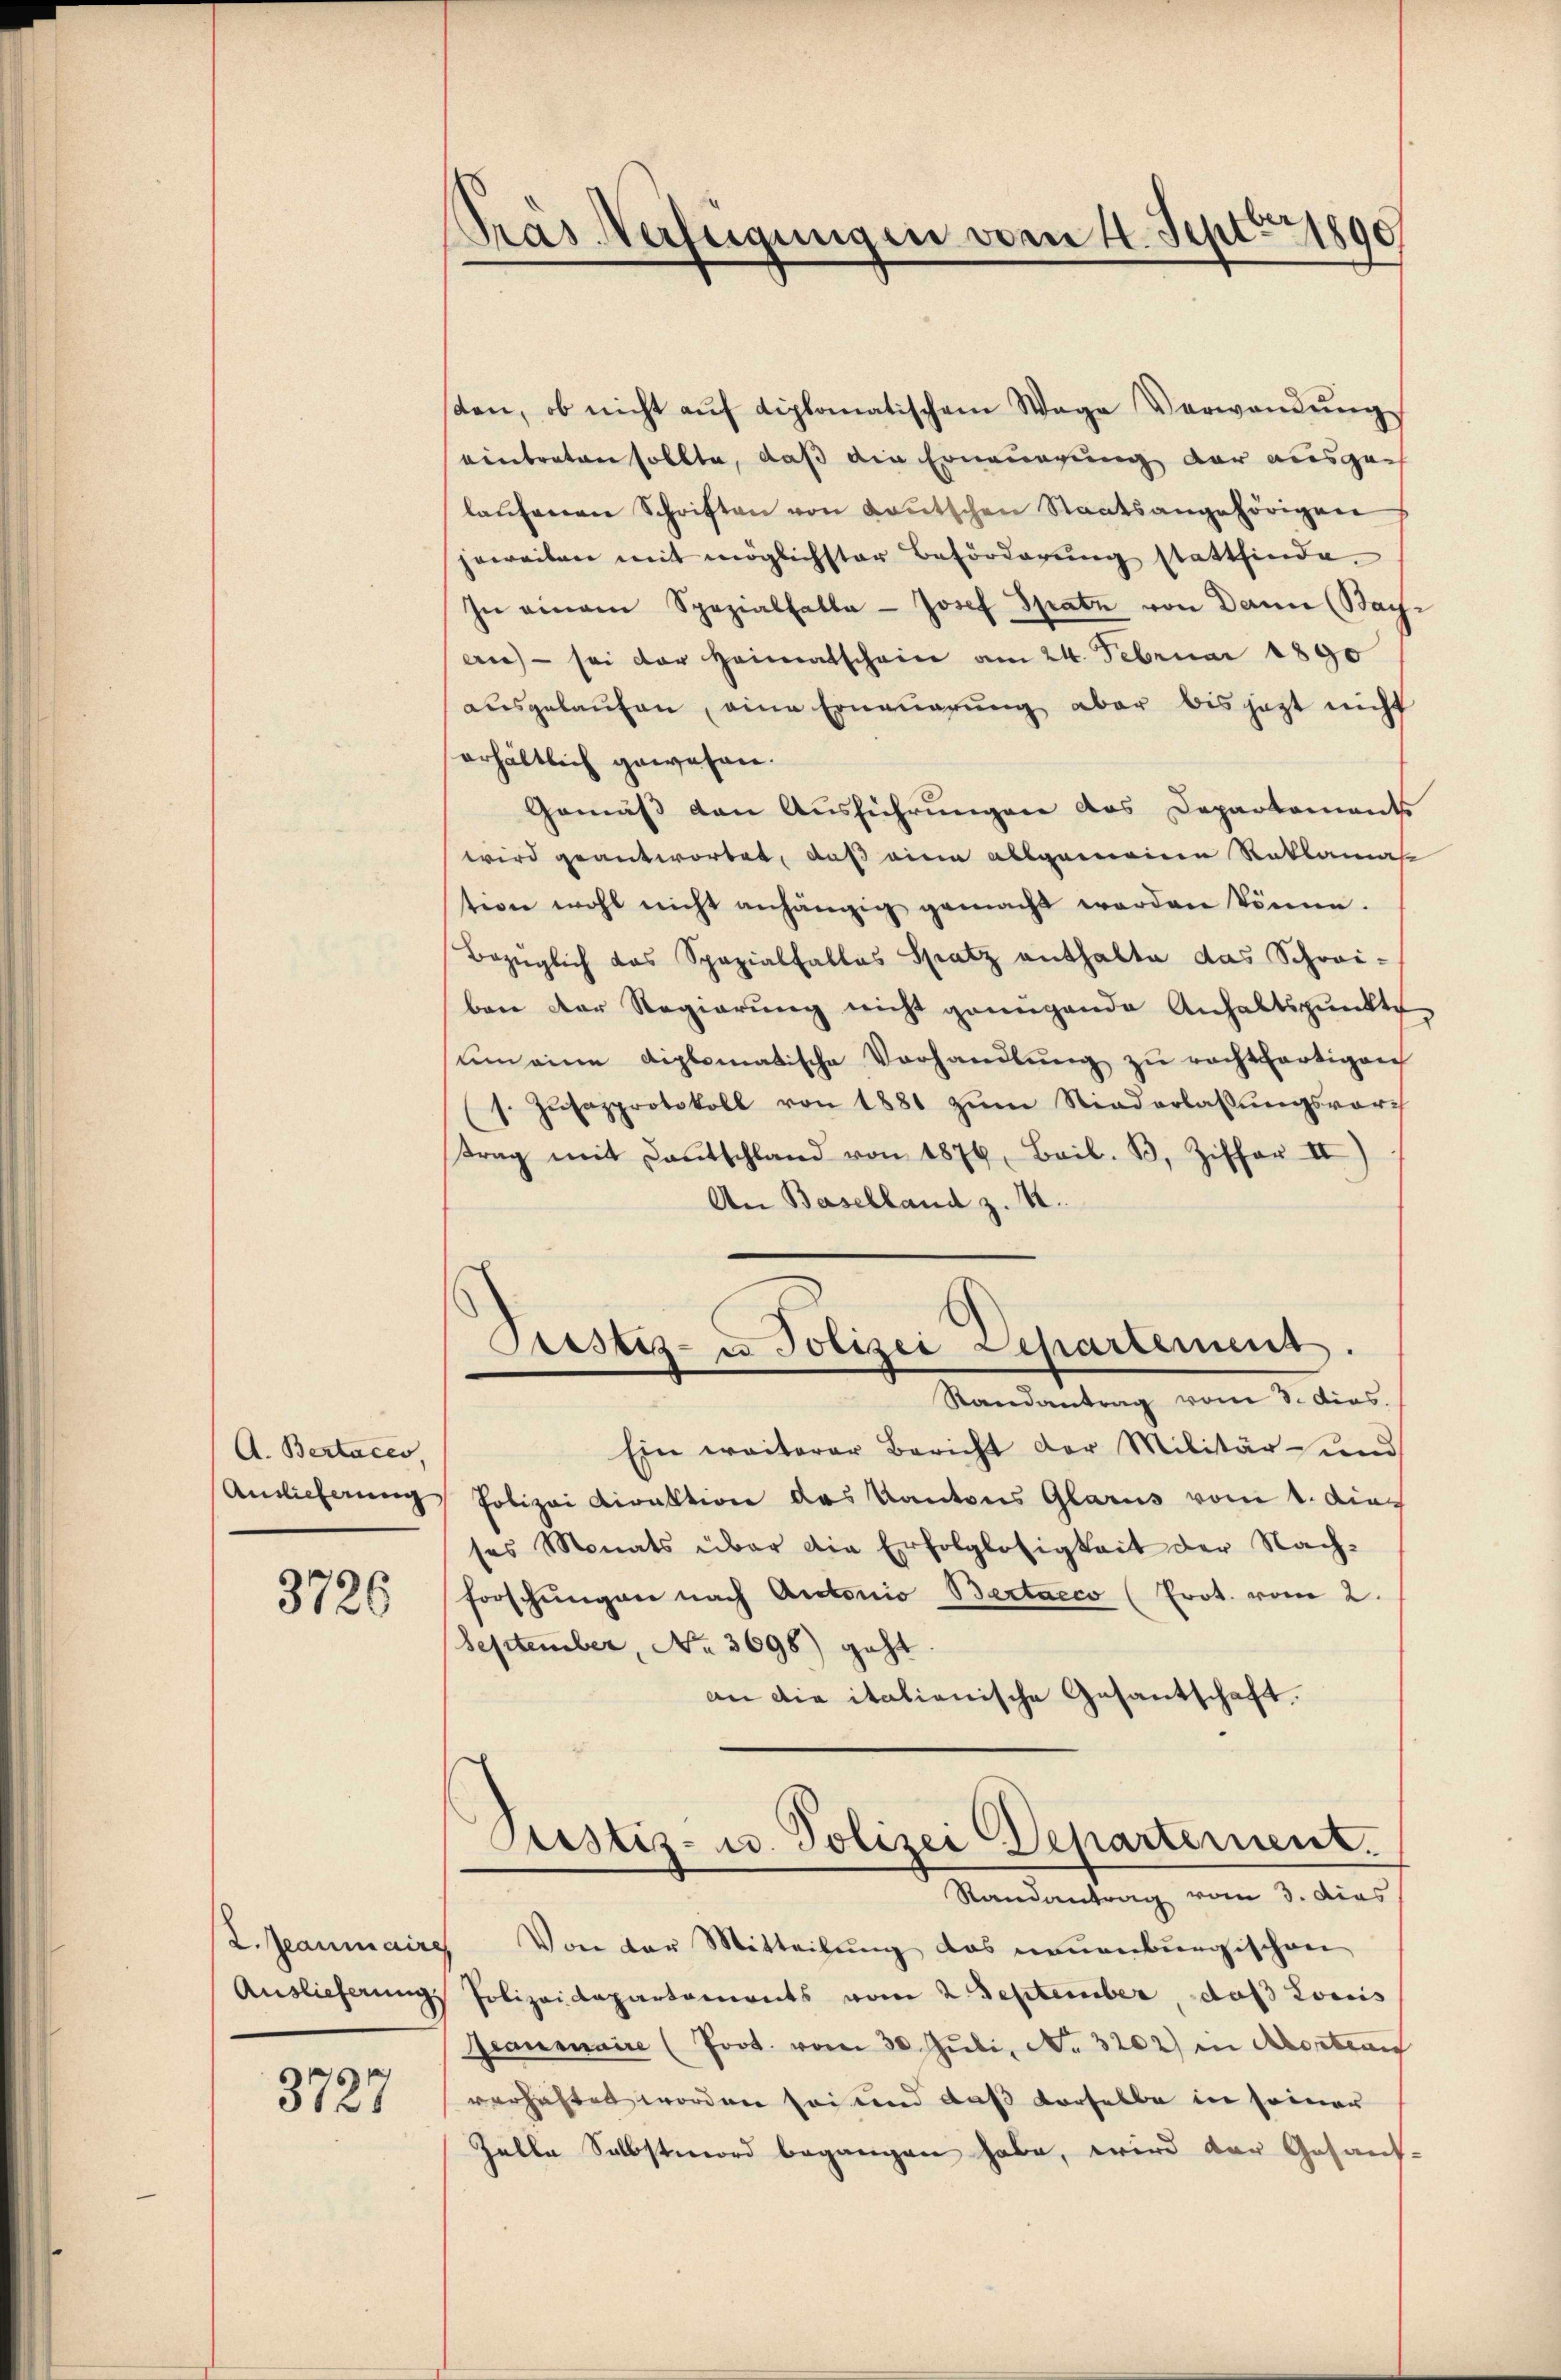
A. Bertaces,
Ainlicherung

3726

2. Jeanmaire
Auslieferung

3727

Gras Verfügungen vom 4. Sept. 1890

sten, ob nicht aŭf diplomatischem Wage Verwandŭng
eintreten sollte, daß ein Erneungung der ausge
laŭfenen Schriften von Laŭtschen Staatsangehörigen
jeweiten mit möglichster Beförderung stattfinde.
In einem Spezialfalle Josef Spatz von Dann (Bay
erie - sei der Heimatschein am 24. Februar 1890
ausgelaŭfen, eine Erneuerung aber bis jetzt nicht
erhältlich gewesen.
Gemäß den Ausführungen das Departements
wird geantwortet, daß eine allgemeinen Reklamas
tern wohl nicht anhängig gemacht werden könne.
Bezüglich das Spazialfalles Spatz enthalte das Schwei-
ben der Regierung nicht genügende Anhaltspunkte
ŭm eine diplomatische Verhandlŭng zŭ rechtfertigen
1. Zŭsapprotokoll von 1881 zŭm Niederlassŭngsvor
trag mit Dantschland von 1876, Bail. B. Ziffer II)
An Baselland z. B.
Pristiz- u Polizei Departemens.
Randantrag vom 3. dies
Ein weiterer Bericht der Militär- und
Polizei Direktion des Kantons Glarus vom 1. dieses Monats über die Erfolglosigkeit der Nach-
forschungen nach Antonio Bertaeco (Erot. vom 2.
September, No 3698) geht.
an die italienische Gesantschaft.
Justiz- u. Polizei Departernenz.
Randantrag vom 3. dies
Von der Mitteilŭng das neuenburgischen
Polizeidepartements vom 2. September, das Louis
Geanmnaire (Poot. vom 30. Juli, No. 3202) in Kontrai
verhaftet worden sei und daß derselbe in seiner
Zelle Selbstmord begangen habe, wird der Gesand¬